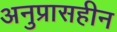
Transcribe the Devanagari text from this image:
अनुप्रासहीन